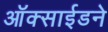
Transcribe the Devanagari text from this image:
ऑक्साईडने